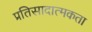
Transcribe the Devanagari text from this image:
प्रतिसादात्मकता